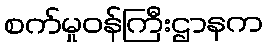
စက်မှုဝန်ကြီးဌာနက